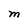
Character: M